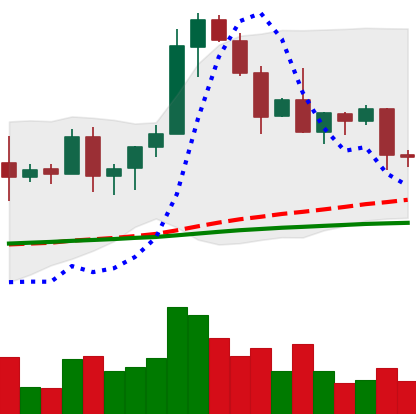
Ticker: EOS-USD
Chart end date: 2020-08-26
Forward return: 3.208%
Label: up_3_5